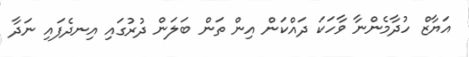
އަޔާޒް ހުދާމެންނާ ވާހަކަ ދައްކަން އިން ތަން ބަލަން ދުރުގައި އިނދެފައި ނަދާ